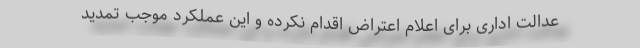
عدالت اداری برای اعلام اعتراض اقدام نکرده و این عملکرد موجب تمدید